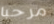
مرحبا